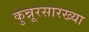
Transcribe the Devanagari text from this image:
कुन्नूरसारख्या